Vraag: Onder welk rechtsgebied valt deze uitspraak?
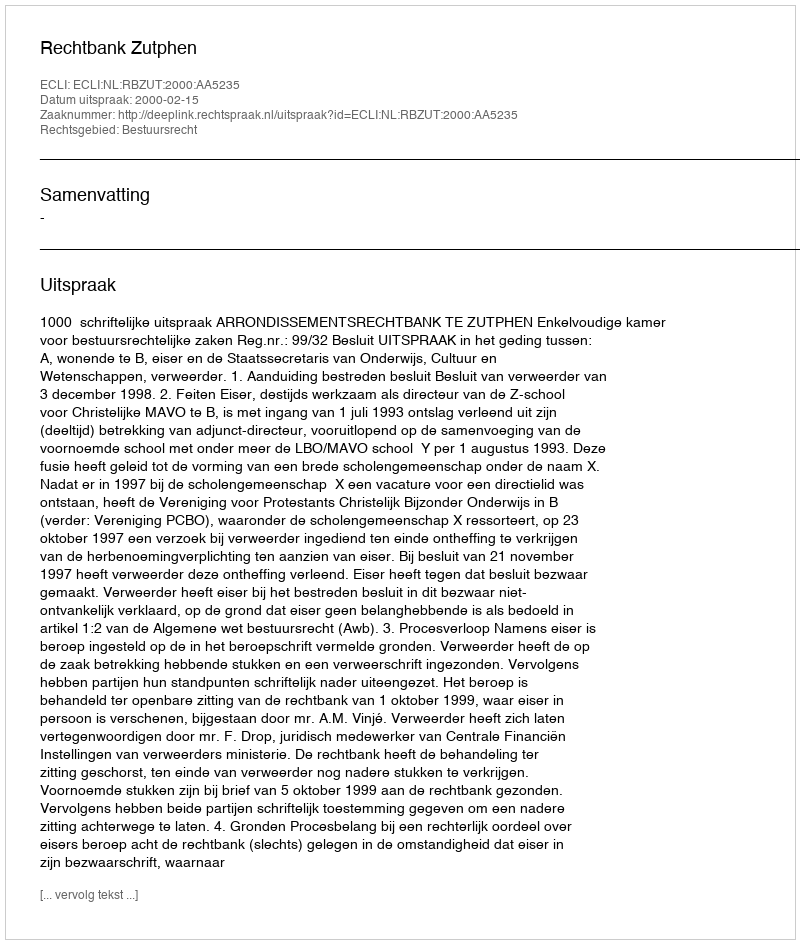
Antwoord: Bestuursrecht